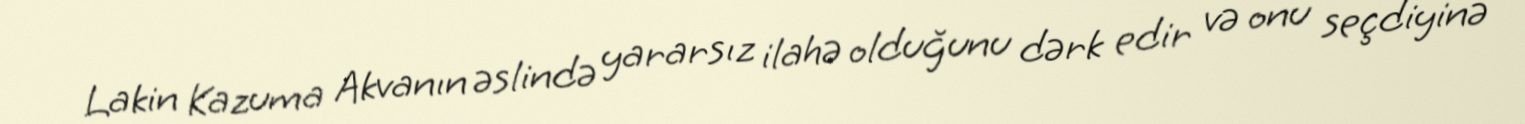
Lakin Kazuma Akvanın əslində yararsız ilahə olduğunu dərk edir və onu seçdiyinə